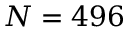
N = 4 9 6